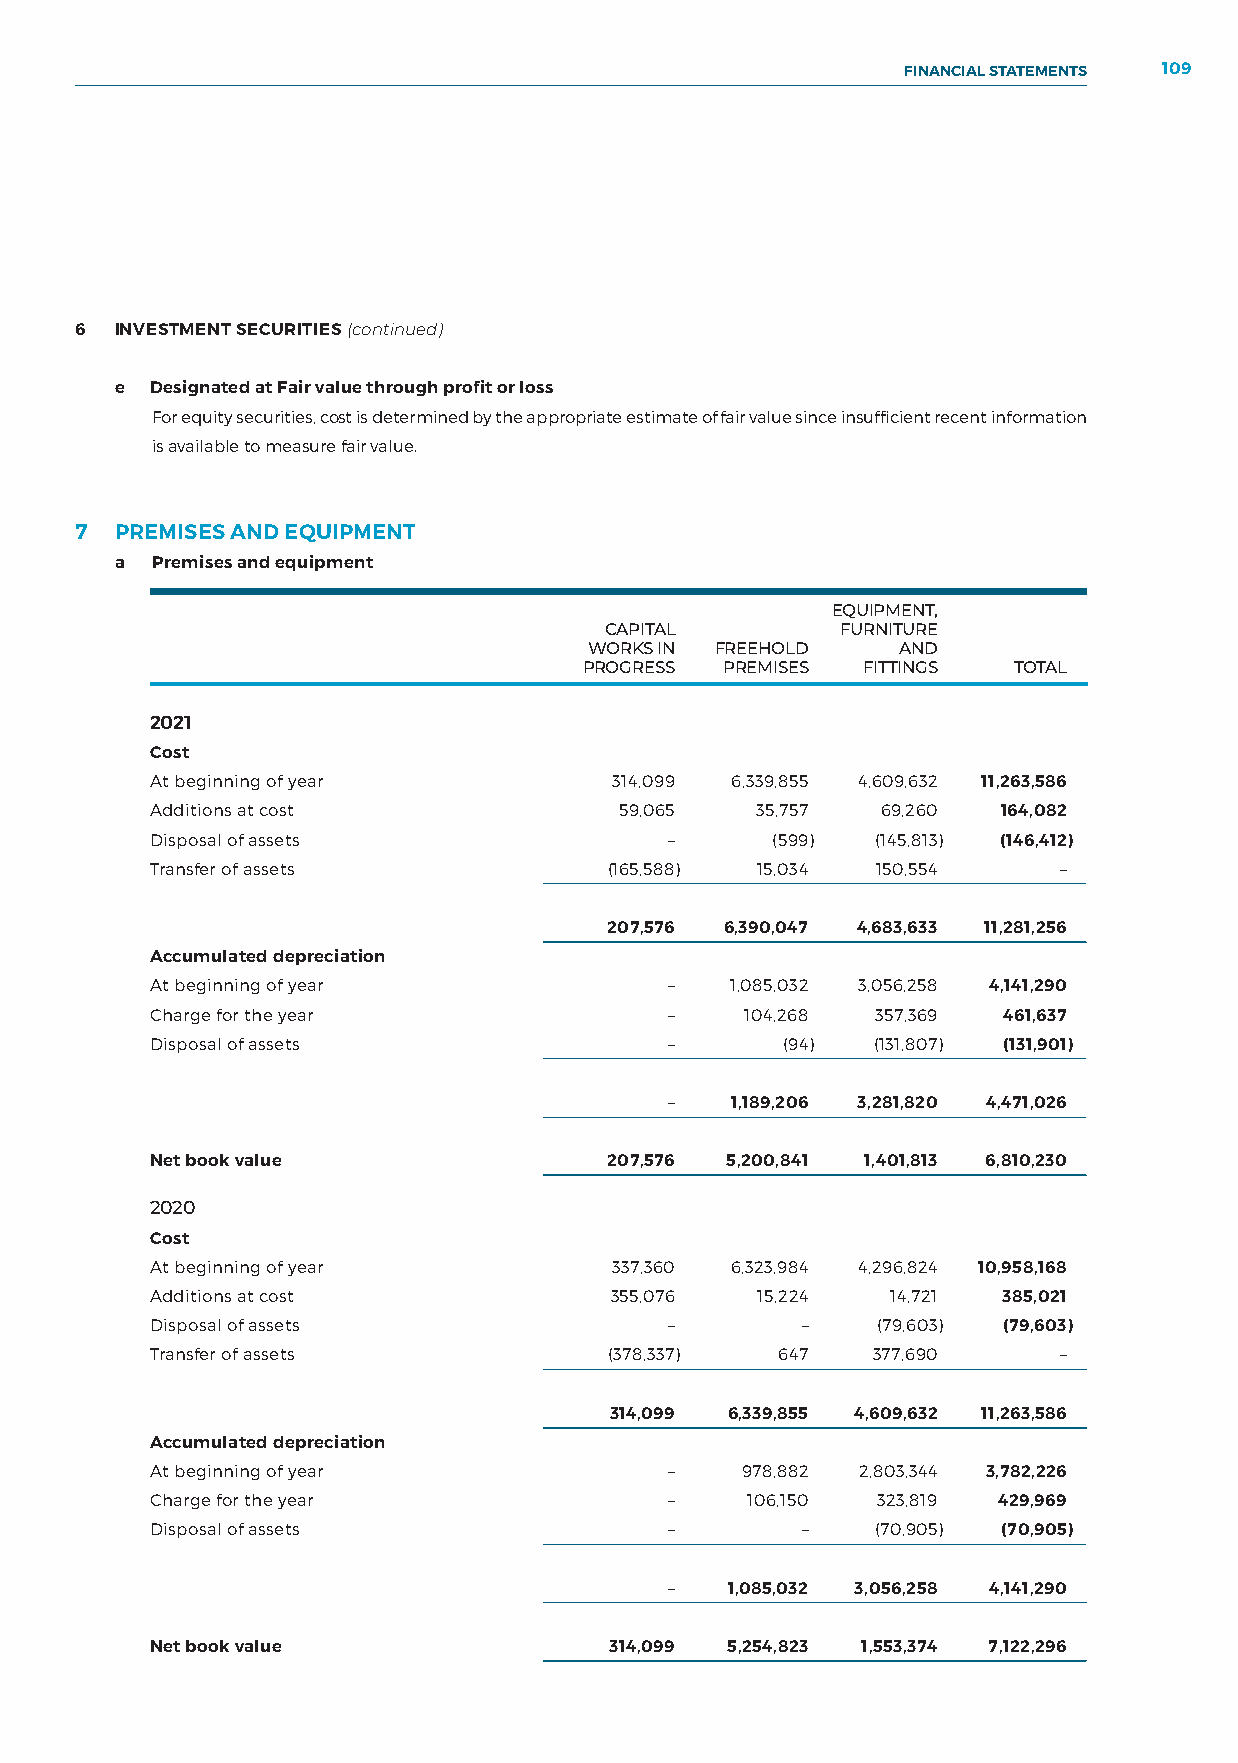
FINANCIAL STATEMENTS 109
 NOTES TO THE FINANCIAL STATEMENTS
 6  INVESTMENT SECURITIES (continued)
 e Designated at Fair value through profit or loss
 For equity securities, cost is determined by the appropriate estimate of fair value since insufficient recent information
 is available to measure fair value.
 7  PREMISES AND EQUIPMENT
 a Premises and equipment
 EQUIPMENT,
 CAPITAL         FURNITURE
 WORKS IN FREEHOLD    AND
 PROGRESS PREMISES FITTINGS  TOTAL
 2021
 Cost
 At beginning of year           314,099 6,339,855 4,609,632 11,263,586
 Additions at cost              59,065   35,757  69,260  164,082
 Disposal of assets                –      (599)  (145,813) (146,412)
 Transfer of assets            (165,588) 15,034  150,554     –
 207,576 6,390,047 4,683,633 11,281,256
 Accumulated depreciation
 At beginning of year              –   1,085,032 3,056,258 4,141,290
 Charge for the year               –    104,268  357,369 461,637
 Disposal of assets                –       (94)  (131,807) (131,901)
 –   1,189,206 3,281,820 4,471,026
 Net book value                207,576 5,200,841 1,401,813 6,810,230
 2020
 Cost
 At beginning of year           337,360 6,323,984 4,296,824 10,958,168
 Additions at cost             355,076   15,224   14,721 385,021
 Disposal of assets                –        –    (79,603) (79,603)
 Transfer of assets            (378,337)   647   377,690     –
 314,099 6,339,855 4,609,632 11,263,586
 Accumulated depreciation
 At beginning of year              –    978,882 2,803,344 3,782,226
 Charge for the year               –    106,150  323,819 429,969
 Disposal of assets                –        –    (70,905) (70,905)
 –   1,085,032 3,056,258 4,141,290
 Net book value                314,099 5,254,823 1,553,374 7,122,296